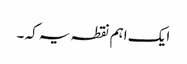
ایک اہم نقطہ یہ کہ ۔